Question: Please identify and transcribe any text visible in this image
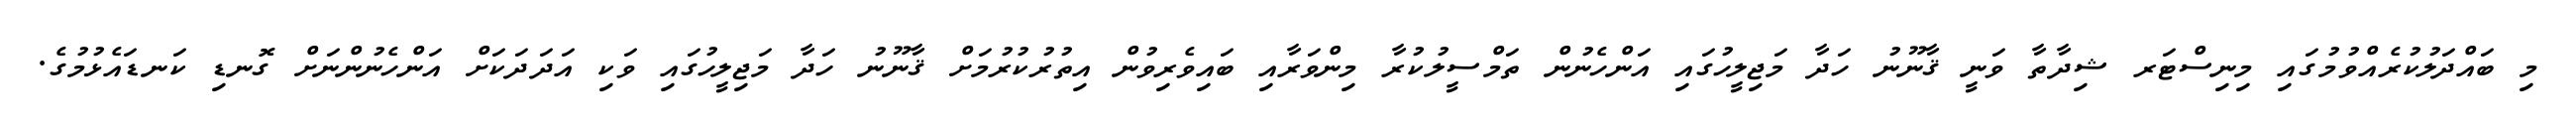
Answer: މި ބައްދަލުކުރެއްވުމުގައި މިނިސްޓަރ ޝިދާތާ ވަނީ ޤާނޫނު ހަދާ މަޖިލީހުގައި އަންހެނުން ތަމްސީލުކުރާ މިންވަރާއި ބައިވެރިވުން އިތުރުކުރުމަށް ޤާނޫނު ހަދާ މަޖިލީހުގައި ވަކި އަދަދަކަށް އަންހެނުންނަށް ގޮނޑި ކަނޑައެޅުމުގެ.